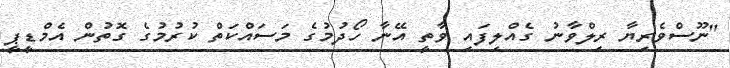
"ނޫސްވެރިޔާ ރިލްވާނު ގެއްލިފައި ވާތީ އޭނާ ހޯދުމުގެ މަސައްކަތް ކުރުމުގެ ގޮތުން އެމްޑީޕީ